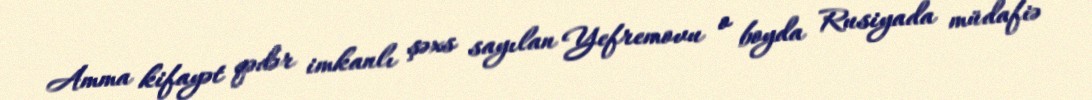
Amma kifayət qədər imkanlı şəxs sayılan Yefremovu o boyda Rusiyada müdafiə